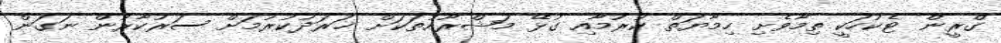
ގްރީން ޓެކުހަކީ ތިމާވެށި ހިމާޔަތް ކުރުމާއި ގުޅޭ މަޝްރޫއުތަކަށް ޚަރަދުކުރުމަށް ސަރުކާރުން ނަގަން